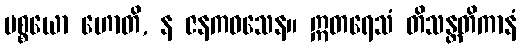
ပစ္စယော ဟောတိ, န ဇနကဝသေန။ ဣတရေသံ တိသန္တတိကာနံ